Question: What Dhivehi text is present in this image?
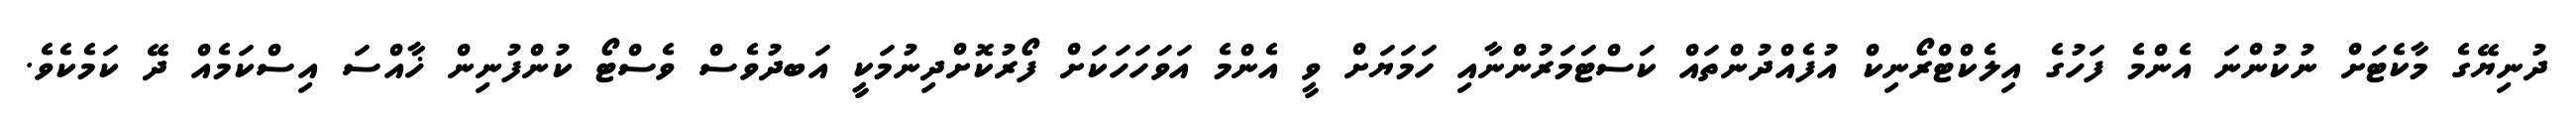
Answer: ދުނިޔޭގެ މާކެޓަށް ނުކުންނަ އެންމެ ފަހުގެ އިލެކްޓްރޯނިކް އުފެއްދުންތައް ކަސްޓަމަރުންނާއި ހަމަޔަށް ވީ އެންމެ އަވަހަހަކަށް ފޯރުކޮށްދިނުމަކީ އަބދުވެސް ވެސްޓޯ ކުންފުނިން ޚާއްސަ އިސްކަމެއް ދޭ ކަމެކެވެ.